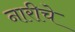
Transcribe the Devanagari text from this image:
नारीचे